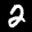
Label: 2